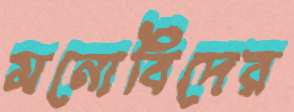
মনোবিদের